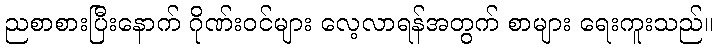
ညစာစားပြီးနောက် ဂိုဏ်းဝင်များ လေ့လာရန်အတွက် စာများ ရေးကူးသည်။